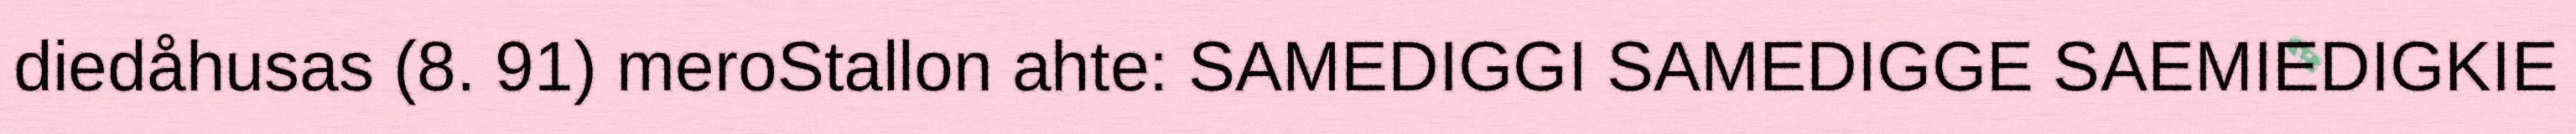
diedåhusas (8. 91) meroStallon ahte: SAMEDIGGI SAMEDIGGE SAEMIEDIGKIE